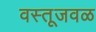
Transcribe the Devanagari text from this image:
वस्तूजवळ